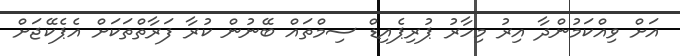
އަށް ވިއްކަމުންދާ އިރު މިހާރު ޕުރިޕެއިޑް ސިމްތައް ބޭނުން ކުރާ ފަރާތްތަކަށް އެޕެކޭޖަށް